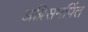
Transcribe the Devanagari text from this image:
अग्निसमर्पित